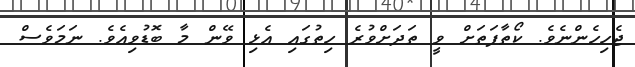
ޖެހިހެންނެވެ. ކޯތާފަތަށް ވީ ތަދަށްވުރެ ހިތުގައި އެޅި ވޭން މާ ބޮޑުވިއެވެ. ނަމަވެސް